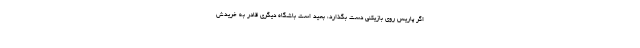
اگر پاریس روی بازیکنی دست بگذارد، بعید است باشگاه دیگری قادر به خریدش